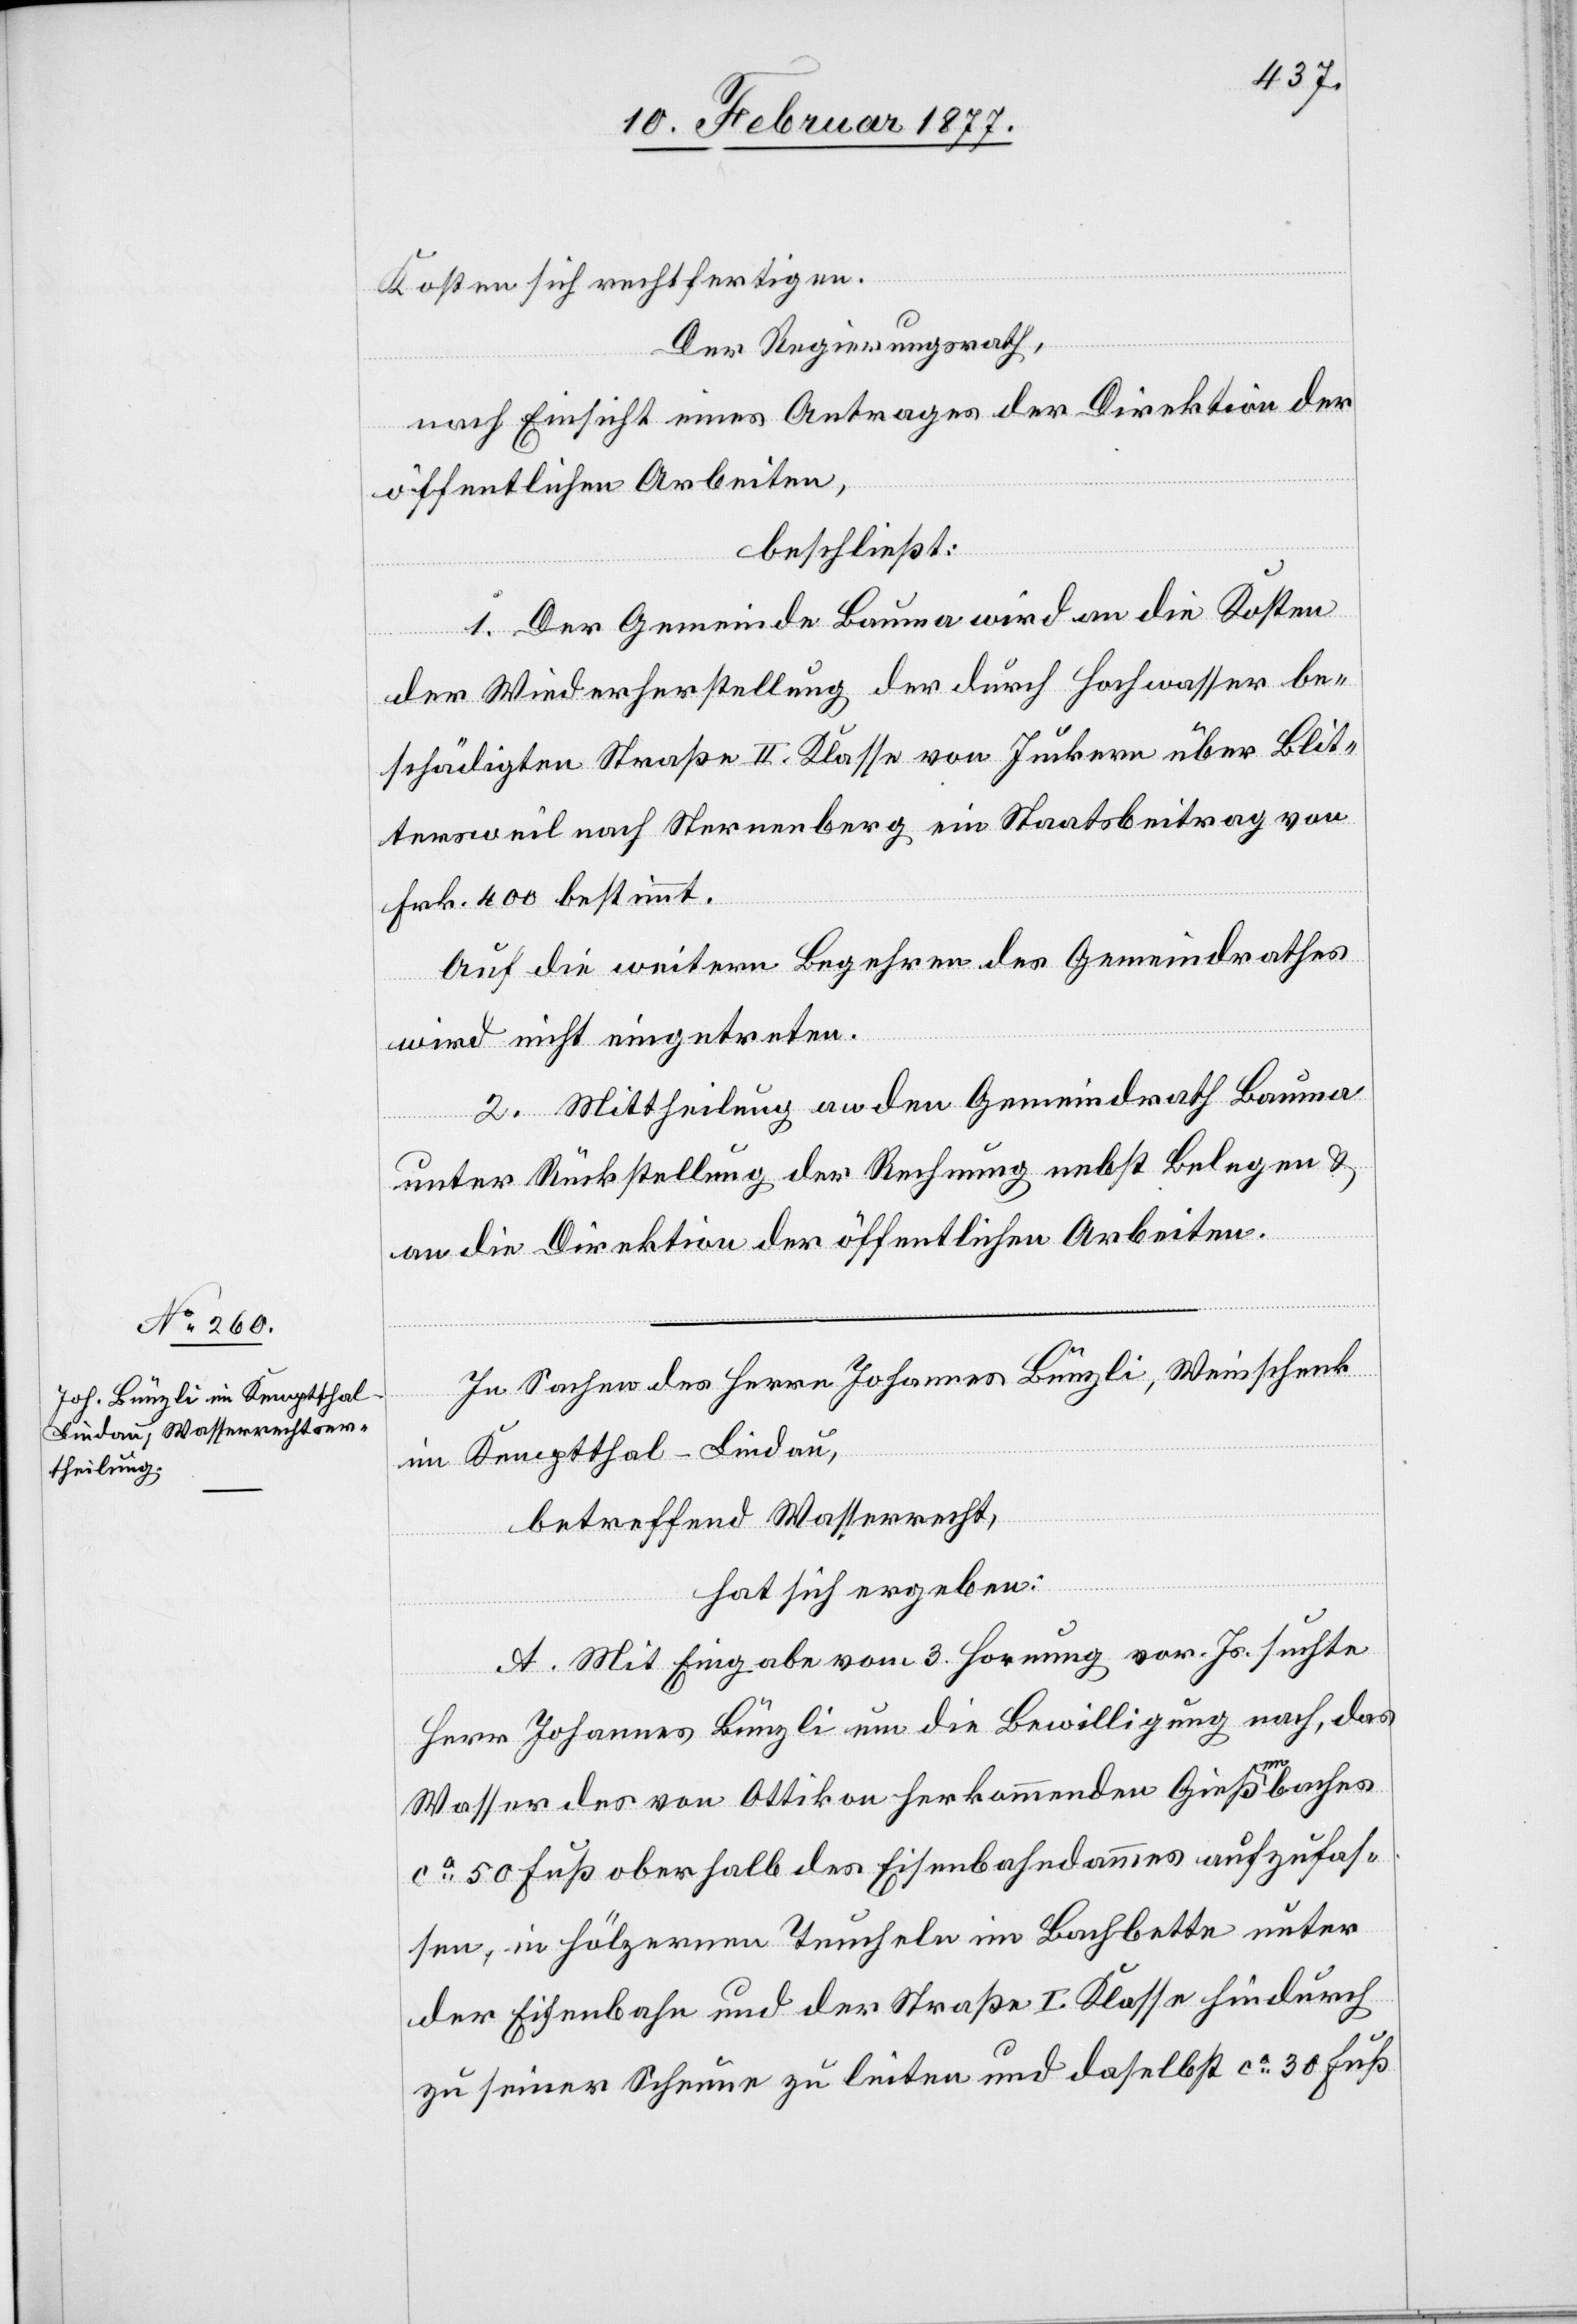
Kosten sich rechtfertigen.
Der Regierungsrath,
nach Einsicht eines Antrages der Direktion der
öffentlichen Arbeiten,
beschließt:
1. Der Gemeinde Bauma wird an die Kosten
der Wiederherstellung der durch Hochwasser be¬
schädigten Straße II. Klasse von Juckern über Blit¬
tersweil nach Sternenberg ein Staatsbeitrag von
Frk. 400 bestimmt.
Auf die weitern Begehren des Gemeindrathes
wird nicht eingetreten.
2. Mittheilung an den Gemeindrath Bauma
unter Rückstellung der Rechnung nebst Belegen &
an die Direktion der öffentlichen Arbeiten.
In Sachen des Herrn Johannes Bünzli, Weinschenk
im Kemptthal - Lindau,
betreffend Wasserrecht,
hat sich ergeben:
A. Mit Eingabe vom 3. Hornung vor. Js. suchte
Herr Johannes Bünzli um die Bewilligung nach, das
Wasser des von Ottikon herkommenden Gießenbaches
ca 50 Fuß oberhalb des Eisenbahndammes aufzufas¬
sen,in hölzernen Teucheln im Bachbette unter
der Eisenbahn und der Straße I. Klasse hindurch
zu seiner Scheune zu leiten und daselbst ca 30 Fuß